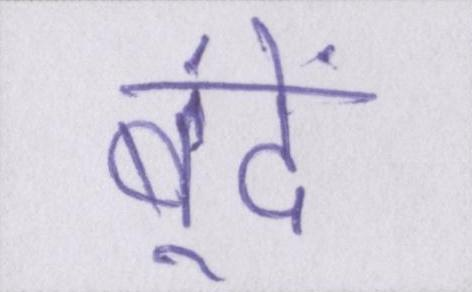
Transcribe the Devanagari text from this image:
बूंदें